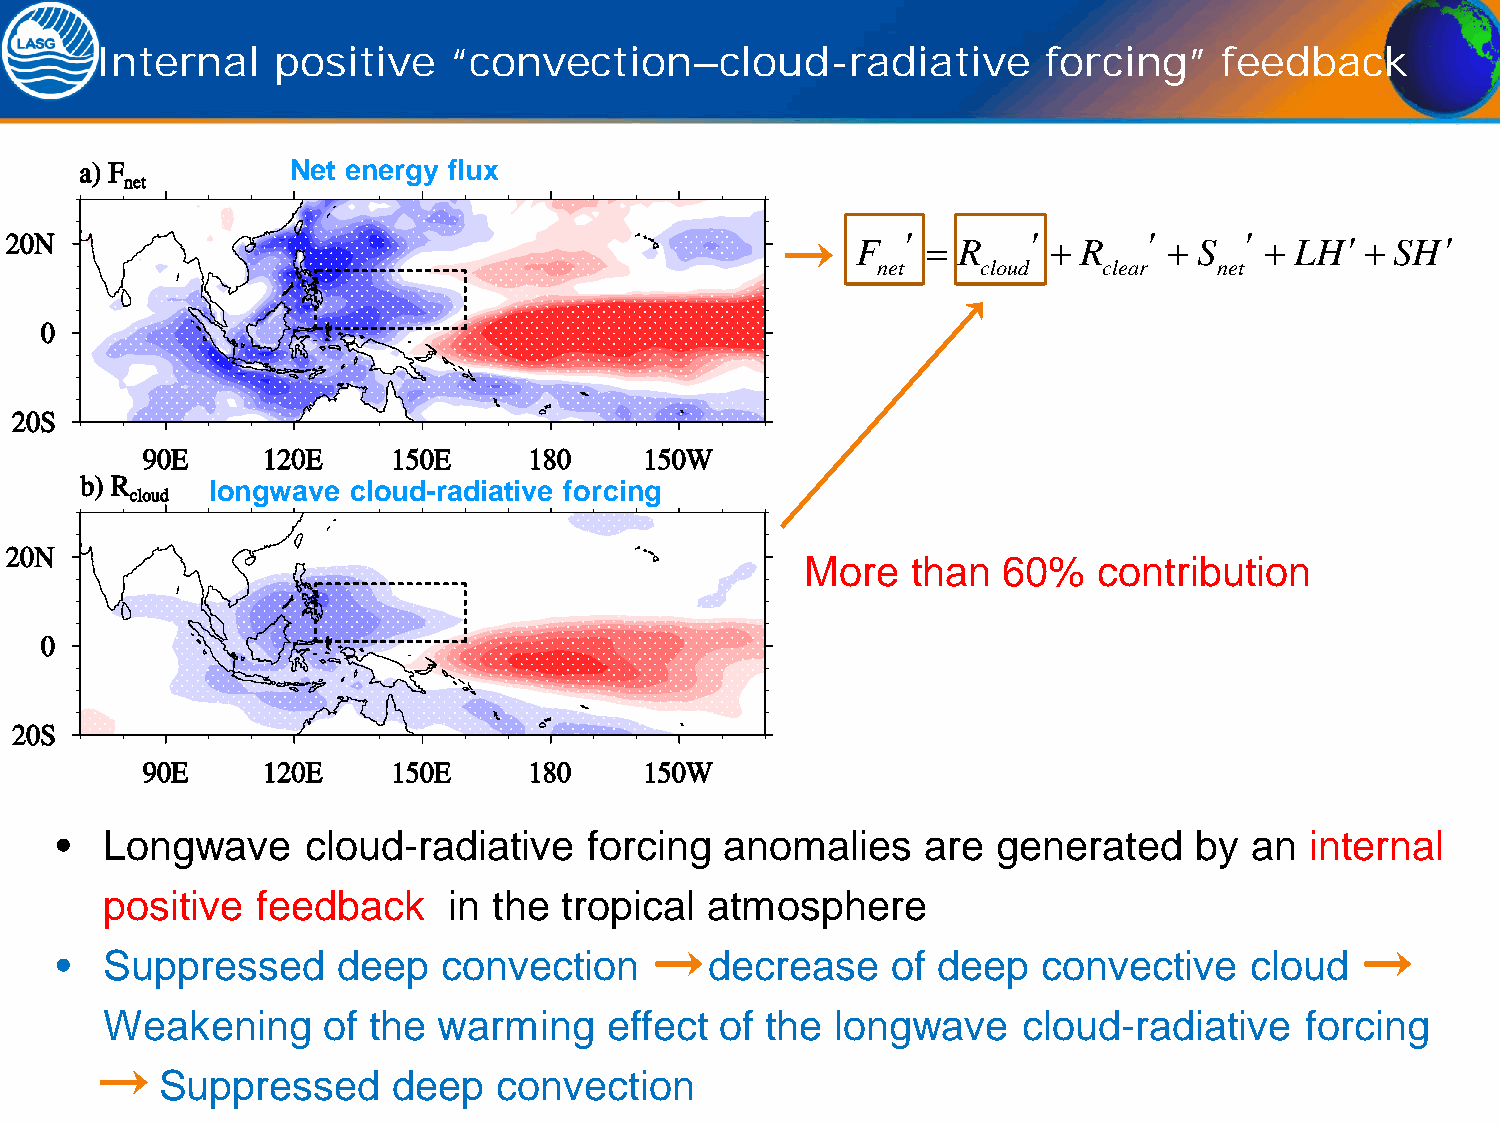
Internal    positive    “convection–cloud-radiative            forcing”    feedback
 Net energy flux
 F  ′ = R   ′ + R   ′ + S ′ + LH′+  SH′
 net    cloud   clear   net
 longwave cloud-radiative forcing
 More   than  60%    contribution
 •  Longwave     cloud-radiative    forcing  anomalies    are  generated    by  an  internal
 positive  feedback     in the tropical  atmosphere
 •  Suppressed     deep   convection        decrease    of deep   convective    cloud
 Weakening     of the  warming    effect  of the longwave     cloud-radiative   forcing
 Suppressed     deep   convection